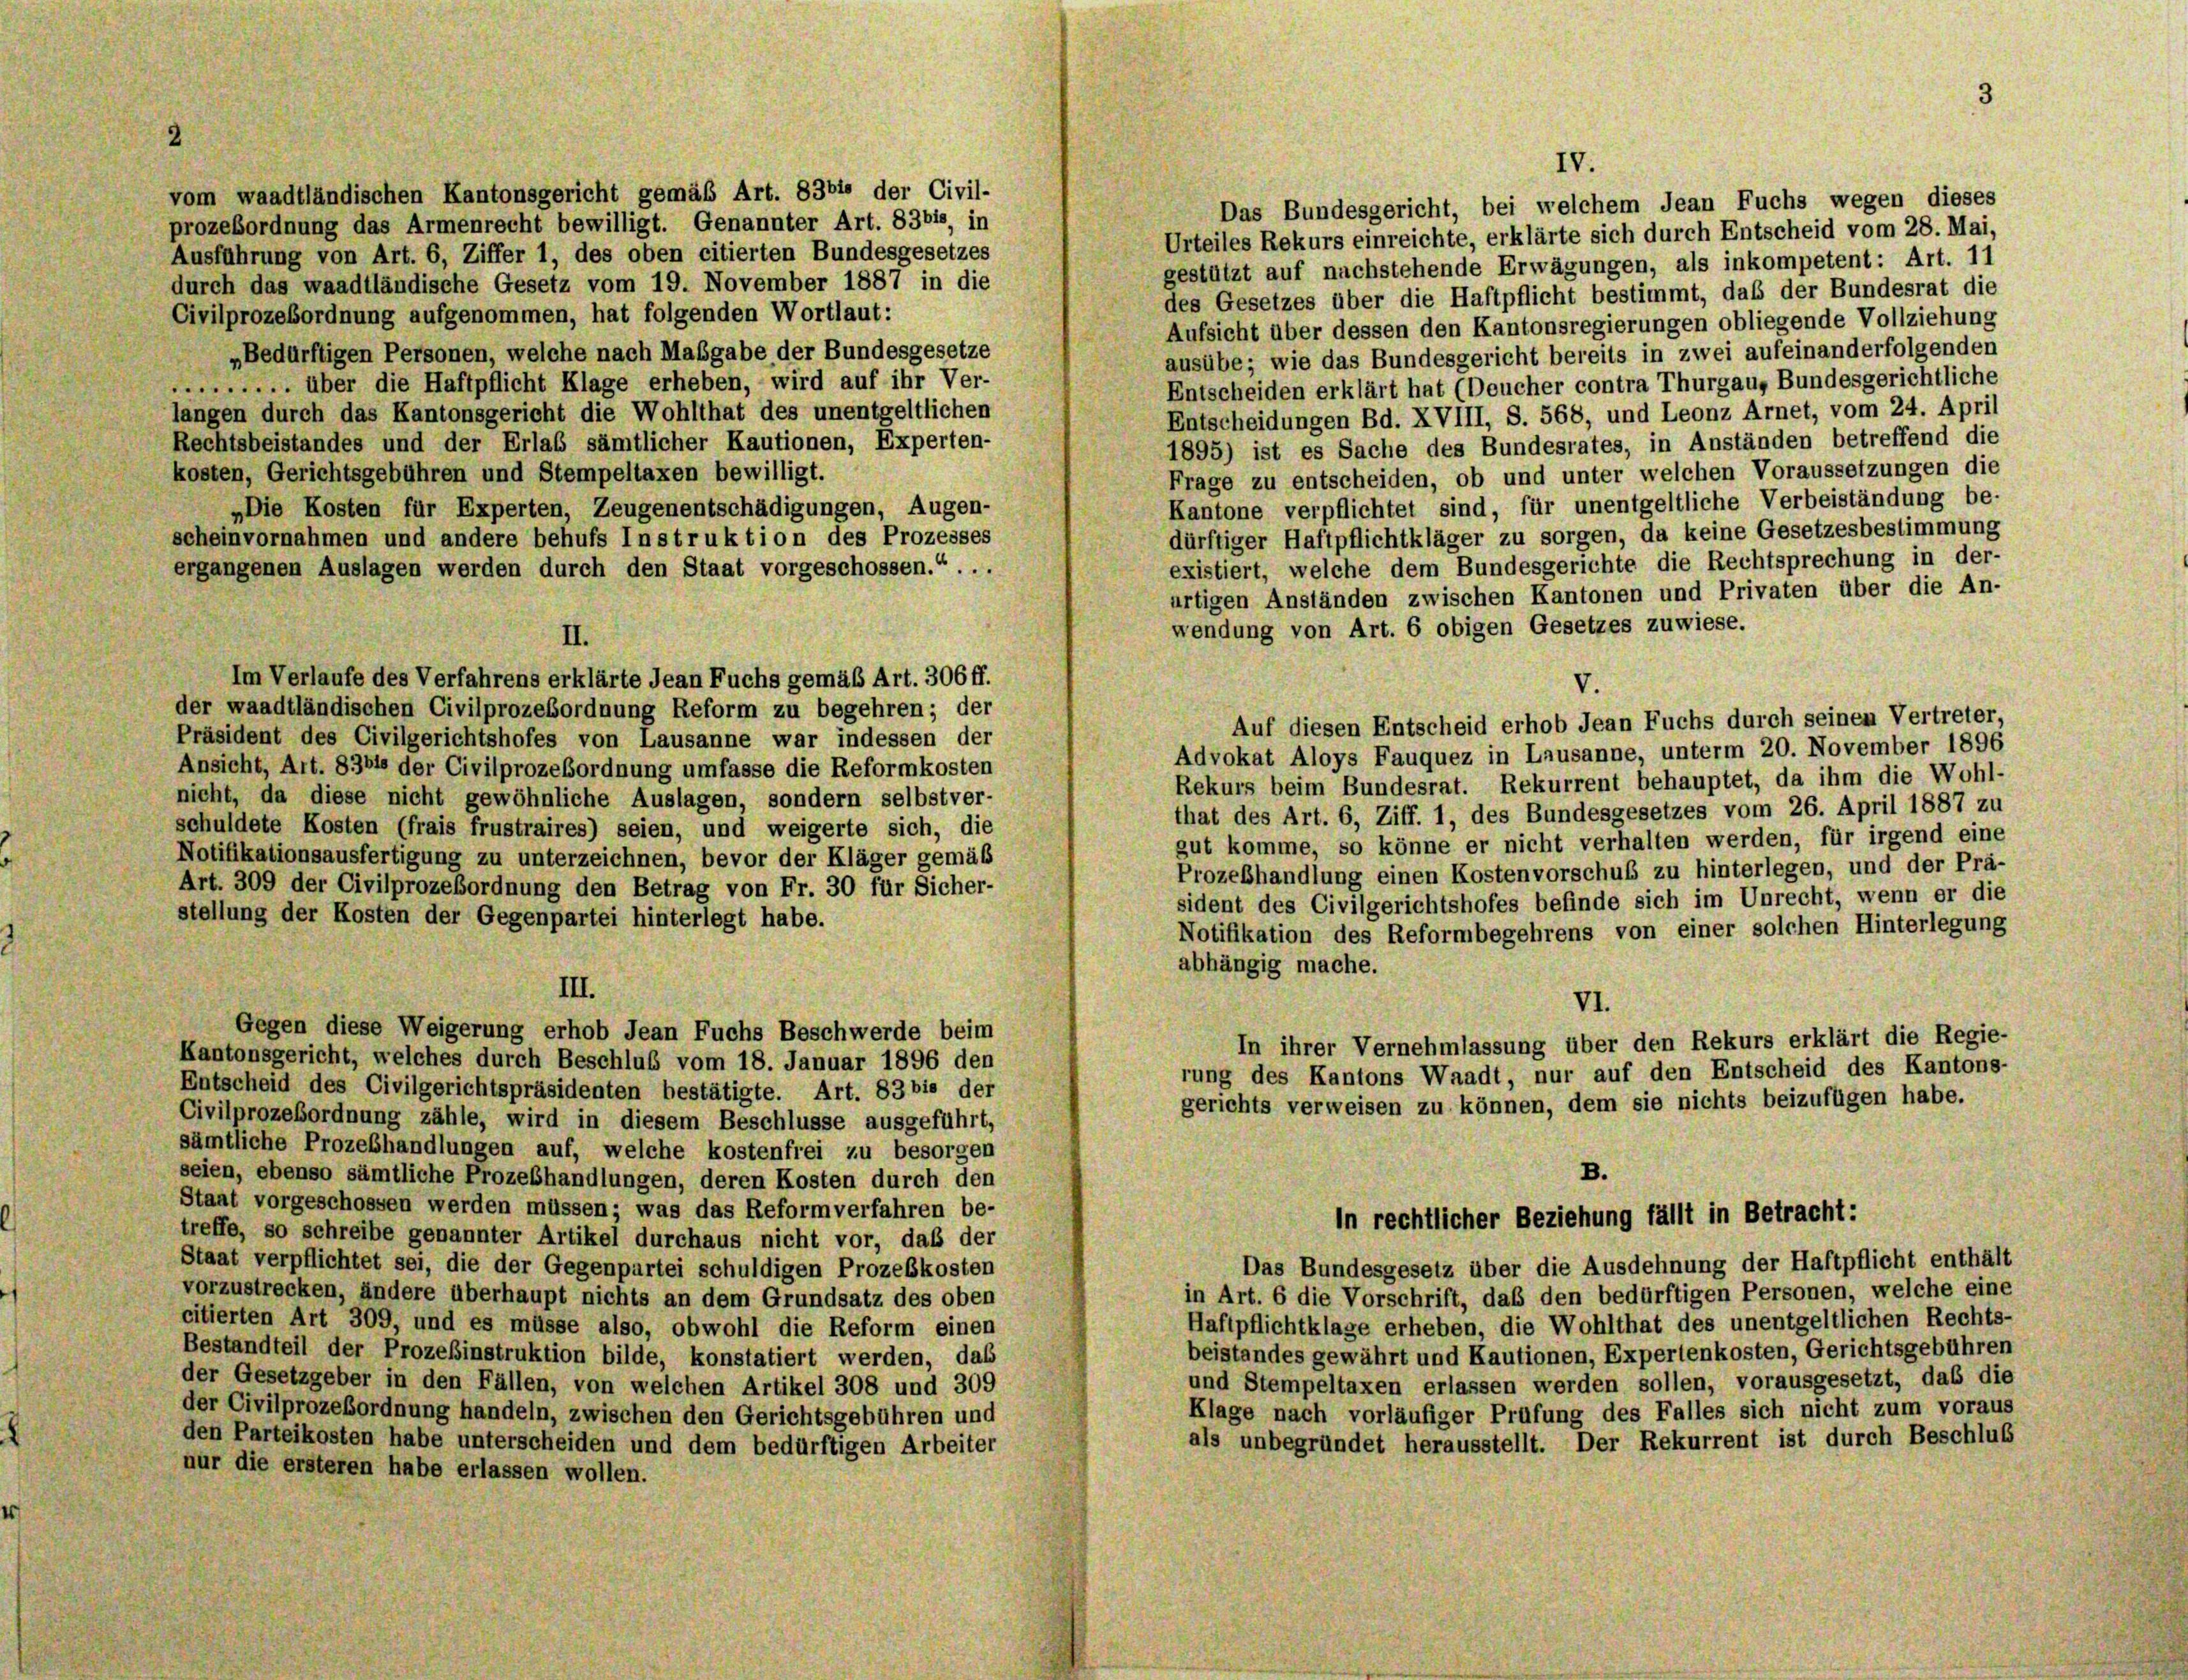
2

vom waadtländischen Kantonsgericht gemäß Art. 83bie der Civil-
prozeßordnung das Armenrecht bewilligt. Genannter Art. 83bis, in
Ausführung von Art. 6, Ziffer 1, des oben citierten Bundesgesetzes
durch das waadtländische Gesetz vom 19. November 1887 in die
Civilprozeßordnung aufgenommen, hat folgenden Wortlaut:
„Bedürftigen Personen, welche nach Maßgabe der Bundesgesetze
...... über die Haftpflicht Klage erheben, wird auf ihr Ver-
langen durch das Kantonsgericht die Wohlthat des unentgeltlichen
Rechtsbeistandes und der Erlaß sämtlicher Kautionen, Experten-
kosten, Gerichtsgebühren und Stempeltaxen bewilligt.
„Die Kosten für Experten, Zeugenentschädigungen, Augen-
scheinvornahmen und andere behufs Instruktion des Prozesses
ergangenen Auslagen werden durch den Staat vorgeschossen.“ . . .
artigen Anständen zwischen Kantonen und Privaten über die An-
wendung von Art. 6 obigen Gesetzes zuwiese.
Im Verlaufe des Verfahrens erklärte Jean Fuchs gemäß Art. 306 ff.
V.
der waadtländischen Civilprozeßordnung Reform zu begehren; der
Auf diesen Entscheid erhob Jean Fuchs durch seinen Vertreter,
Präsident des Civilgerichtshofes von Lausanne war indessen der
Advokat Aloys Fauquez in Lausanne, unterm 20. November 1896
Ansicht, Art. 8364 der Civilprozeßordnung umfasse die Reformkosten
Rekurs beim Bundesrat. Rekurrent behauptet, da ihm die Wohl-
nicht, da diese nicht gewöhnliche Auslagen, sondern selbstver-
that des Art. 6, Ziff. 1, des Bundesgesetzes vom 26. April 1887 zu
schuldete Kosten (frais frustraires) seien, und weigerte sich, die
gut komme, so könne er nicht verhalten werden, für irgend eine
Notifikationsausfertigung zu unterzeichnen, bevor der Kläger gemäß
Prozeßhandlung einen Kostenvorschub zu hinterlegen, und der Prä-
Art. 309 der Civilprozeßordnung den Betrag von Fr. 30 für Sicher-
sident des Civilgerichtshofes befinde sich im Unrecht, wenn er die
stellung der Kosten der Gegenpartei hinterlegt habe.
Notifikation des Reformbegehrens von einer solchen Hinterlegung
abhängig mache.
III.
VI.
Gegen diese Weigerung erhob Jean Fuchs Beschwerde beim
In ihrer Vernehmlassung über den Rekurs erklärt die Regie-
Kantonsgericht, welches durch Beschluß vom 18. Januar 1896 den
rung des Kantons Waadt, nur auf den Entscheid des Kantons-
Entscheid des Civilgerichtspräsidenten bestätigte. Art. 83 bis der
gerichts verweisen zu können, dem sie nichts beizufügen habe.
Civilprozeßordnung zähle, wird in diesem Beschlüsse ausgeführt,
sämtliche Prozebhandlungen auf, welche kostenfrei zu besorgen
B.
seien, ebenso sämtliche Prozebhandlungen, deren Kosten durch den
Staat vorgeschossen werden müssen; was das Reform verfahren be-
In rechtlicher Beziehung fällt in Betracht:
treffe, so schreibe genannter Artikel durchaus nicht vor, daß der
Das Bundesgesetz über die Ausdehnung der Haftpflicht enthält
Staat verpflichtet sei, die der Gegenpartei schuldigen Prozeßkosten
vorzustrecken, ändere überhaupt nichts an dem Grundsatz des oben
in Art. 6 die Vorschrift, das den bedürftigen Personen, welche eine
Haftpflichtklage erheben, die Wohlthat des unentgeltlichen Rechts-
citierten Art 309, und es müsse also, obwohl die Reform einen
Bestandteil der Prozeßinstruktion bilde, konstatiert werden, das
beistandes gewährt und Kautionen, Expertenkosten, Gerichtsgebühren
der Gesetzgeber in den Fällen, von welchen Artikel 308 und 309
und Stempeltaxen erlassen werden sollen, vorausgesetzt, das die
Klage nach vorläufiger Prüfung des Falles sich nicht zum voraus
der Civilprozeßordnung handeln, zwischen den Gerichtsgebühren und
als unbegründet herausstellt. Der Rekurrent ist durch Beschluß
den Parteikosten habe unterscheiden und dem bedürftigen Arbeiter
nur die ersteren habe erlassen wollen.

II.

IV.

3

Das Bundesgericht, bei welchem Jean Fuchs wegen dieses
Urteiles Rekurs einreichte, erklärte sich durch Entscheid vom 28. Mai,
gestützt auf nachstehende Erwägungen, als inkompetent: Art. 11
des Gesetzes über die Haftpflicht bestimmt, daß der Bundesrat die
Aufsicht über dessen den Kantonsregierungen obliegende Vollziehung
ausübe; wie das Bundesgericht bereits in zwei aufeinanderfolgenden
Entscheiden erklärt hat (Doucher contra Thurgaus Bundesgerichtliche
Entscheidungen Bd. XVIII, S. 568, und Leonz Arnet, vom 24. April
1895) ist es Sache des Bundesrates, in Anständen betreffend die
Frage zu entscheiden, ob und unter welchen Voraussetzungen die
Kantone verpflichtet sind, für unentgeltliche Verbeiständung be-
dürftiger Haftpflichtkläger zu sorgen, da keine Gesetzesbestimmung
existiert, welche dem Bundesgerichte die Rechtsprechung in der-